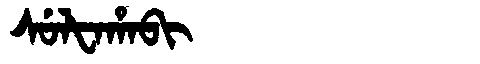
Manchu: ᠰᡠᠯᡶᠠᡥᠠᠪᡳ
Romanization: SULFAHABI